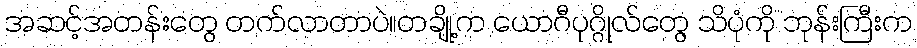
အဆင့်အတန်းတွေ တက်လာတာပဲ။တချို့က ယောဂီပုဂ္ဂိုလ်တွေ သိပုံကို ဘုန်းကြီးက